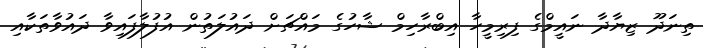
ތިނަދޫ ޒިޔާދާ ނައީމްގެ ފިރިމީހާ އިބްރާހިމް ޝާހުގެ މައްޗަށް ދައުލަތުން އުފުލާފައިވާ ދައުވާތަކާއި